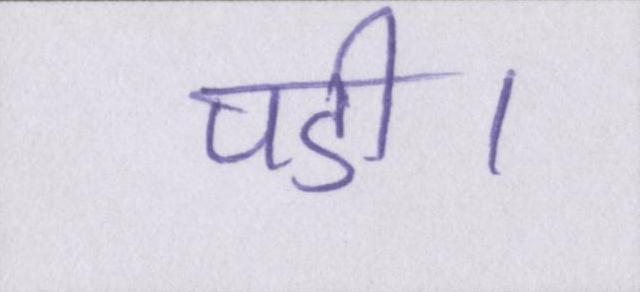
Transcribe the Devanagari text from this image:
पडी।